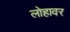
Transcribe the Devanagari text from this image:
लोहावर